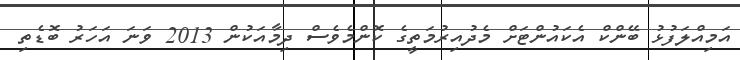
އަމިއްލަފުޅު ބޭންކް އެކައުންޓަށް މެދުއިރުމަތީގެ ކޮންމެވެސް ދިމާއަކުން 2013 ވަނަ އަހަރު ބޮޑެތި